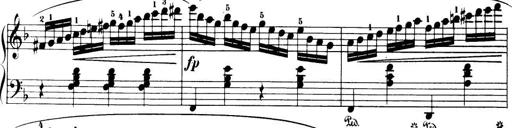
Title: 32 Sonatinas and Rondos for the Piano
Composer: Richard Kleinmichel